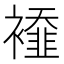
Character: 𧞁